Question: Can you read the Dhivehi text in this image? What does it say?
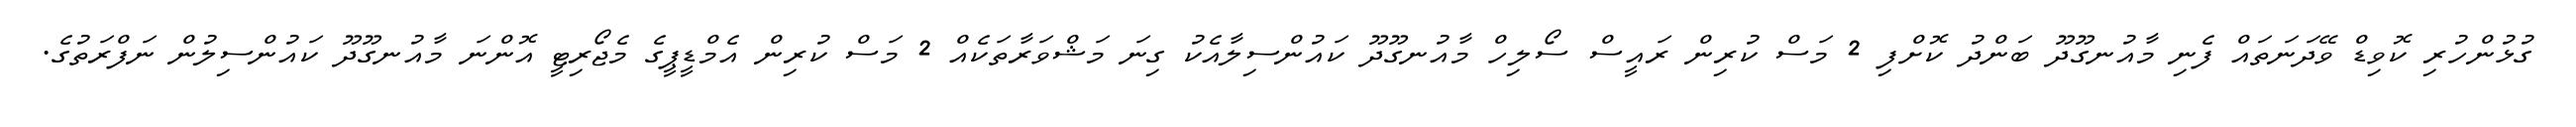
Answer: ގުޅުންހުރި ކޮވިޑް ވޭދަނަތައް ފެނި މާއުނގޫދޫ ބަންދު ކޮށްފި 2 މަސް ކުރިން ރައީސް ސޯލިހް މާއުނގޫދޫ ކައުންސިލާއެކު ގިނަ މަޝްވަރާތަކެއް 2 މަސް ކުރިން އެމްޑީޕީގެ މެޖޯރިޓީ އޮންނަ މާއުނގޫދޫ ކައުންސިލުން ނަފްރަތުގެ.